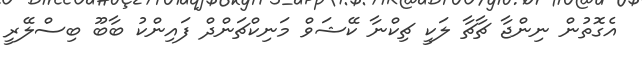
އެގޮތުން ނިންޖާ ޗާޗާ ލަކީ ޗިކްނާ ކޭޝަވް މަނިކްޗަންދް ފައިންކު ބާބޫ ބިސްލޭރީ